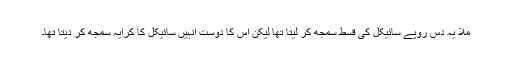
ملّا یہ دس روپے سائیکل کی قسط سمجھ کر لیتا تھا لیکن اس کا دوست انہیں سائیکل کا کرایہ سمجھ کر دیتا تھا۔